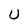
Character: U